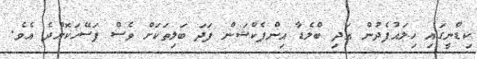
ކިޑްނީގައި ހިލައުފެދުން އަދި ބްލެޑާ އިންފެކްޝަން ފަދަ ބަލިތަކަށް ވެސް ފަސޭހަކޮށްދެ އެވެ.